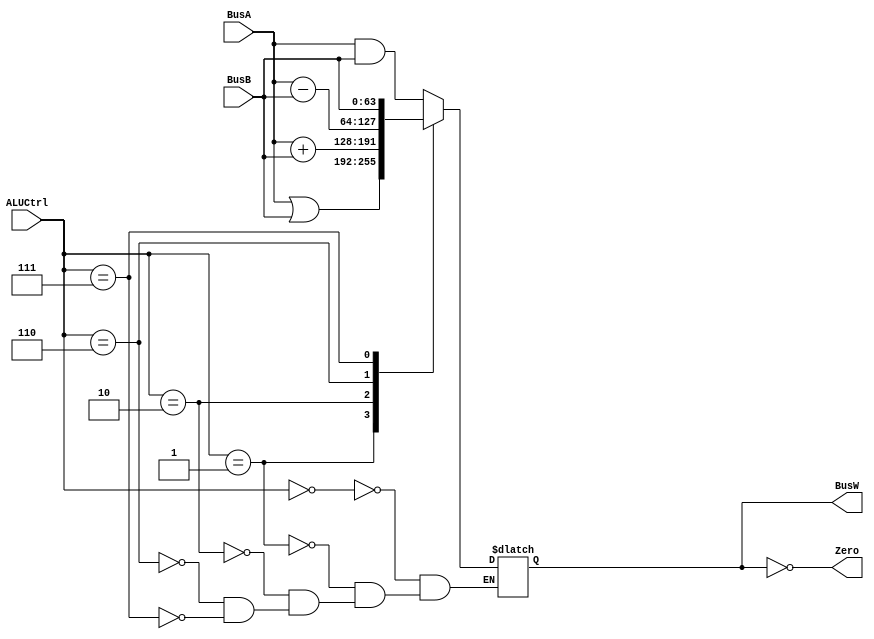
`define AND   4'b0000
`define OR    4'b0001
`define ADD   4'b0010
`define SUB   4'b0110
`define PassB 4'b0111


module ALU(BusW, BusA, BusB, ALUCtrl, Zero);
    
    output  [63:0] BusW;
    input   [63:0] BusA, BusB;
    input   [3:0] ALUCtrl;
    output  Zero;
    
    reg     [63:0] BusW;
    
    always @(ALUCtrl or BusA or BusB) begin
        case(ALUCtrl)
            `AND: begin
                BusW = BusA & BusB;
            end
            `OR: begin
		BusW = BusA | BusB;
	    end
	    `ADD:begin
		BusW = BusA + BusB;
            end
	    `SUB:begin
		BusW = BusA - BusB;
	    end
	    `PassB:begin
                BusW = BusB;
            end
        endcase
    end

    assign Zero = (BusW == 0); 
endmodule